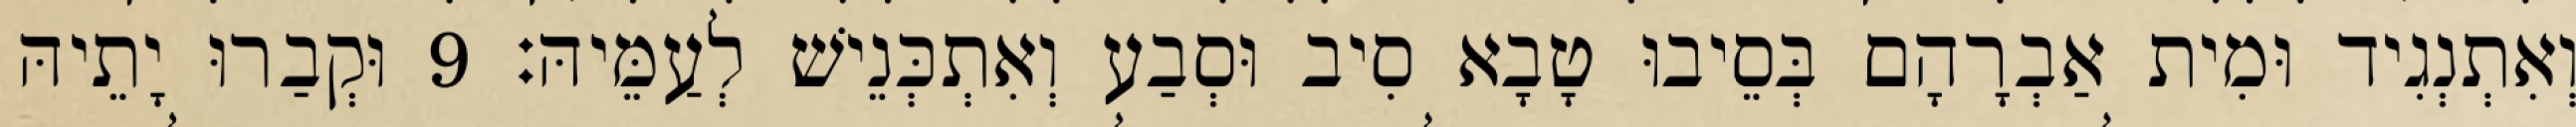
וְאִתְנְגִיד וּמִית אַבְרָהָם בְּסֵיבוּ טָבָא סִיב וּסְבַע וְאִתְכְּנֵישׁ לְעַמֵּיהּ׃ 9 וּקְבַרוּ יָתֵיהּ